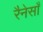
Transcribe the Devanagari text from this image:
रैनेसाँ